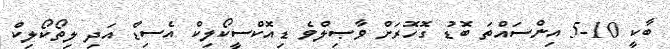
ބާކީ 10-5 އިންސައްތަ ބޮޑު ގޮހޮރަށް ވާޞިލްވެ ޑިއޮކްސީކޯލިކް އެސިޑް އަދި ލިތޯކޯލިކް